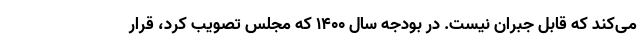
می‌کند که قابل جبران نیست. در بودجه سال ۱۴۰۰ که مجلس تصویب کرد، قرار